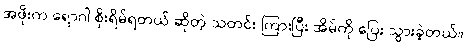
အဖိုးက ရောဂါ စိုးရိမ်ရတယ် ဆိုတဲ့ သတင်း ကြားပြီး အိမ်ကို ပြေး သွားခဲ့တယ်။